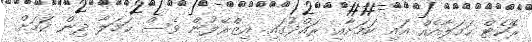
ރޮކެޓް ހަމަލާއެއް އައި ކަމަށާއި ރައްދުގައި އިޒްރޭލުން ވެސް ހަމަލާ ދިން ކަމަށް